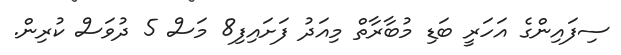
ސިފައިންގެ އަހަރީ ބަޑި މުބާރާތް މިއަދު ފަށައިފި8 މަސް 5 ދުވަސް ކުރިން.